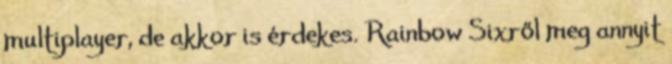
multiplayer, de akkor is érdekes. Rainbow Sixről meg annyit